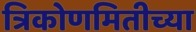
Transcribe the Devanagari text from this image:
त्रिकोणमितीच्या